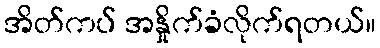
အိတ်ကပ် အနှိုက်ခံလိုက်ရတယ်။